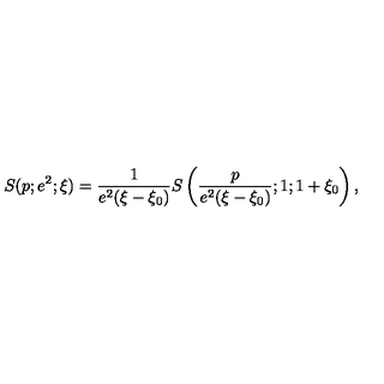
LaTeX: S ( p ; e ^ { 2 } ; \xi ) = \frac { 1 } { e ^ { 2 } ( \xi - \xi _ { 0 } ) } S \left( \frac { p } { e ^ { 2 } ( \xi - \xi _ { 0 } ) } ; 1 ; 1 + \xi _ { 0 } \right) ,